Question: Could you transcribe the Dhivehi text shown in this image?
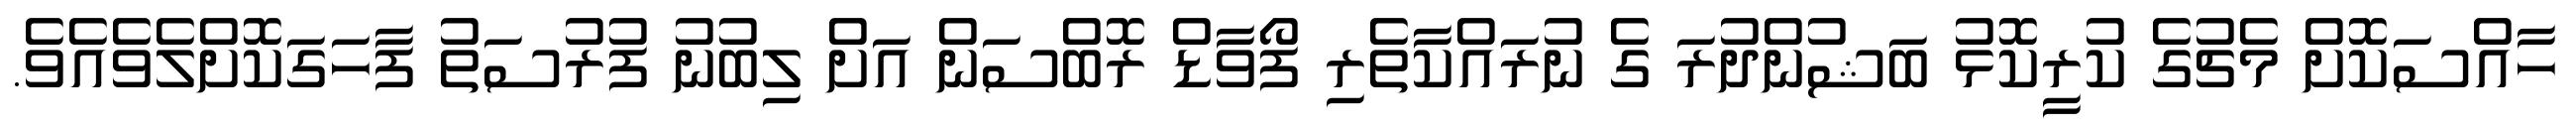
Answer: ހާއްސަކޮށް މެޗުގެ ކުރީކޮޅު ބަޝުންދުރަ ގެ ނުރައްކާތެރި ފޯވާޑް ރޮބްސަން އަށް ލިބުނު ފުރުސަތު ފާހަގަކޮށްލެވެއެވެ.